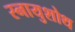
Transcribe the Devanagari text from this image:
स्नायुशोथ